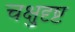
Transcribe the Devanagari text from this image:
चक्षुदृष्ट